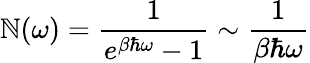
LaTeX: \mathbb{N}(\omega)=\frac{{1}}{{e^{\beta\hbar\omega}-1}}\sim\frac{{1}}{{\beta\hbar\omega}}